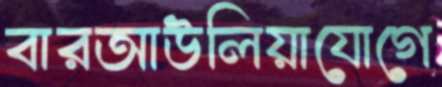
বারআউলিয়াযোগে